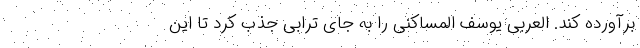
برآورده کند. العربی یوسف المساکنی را به جای ترابی جذب کرد تا این